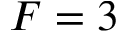
F = 3